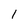
Character: 1